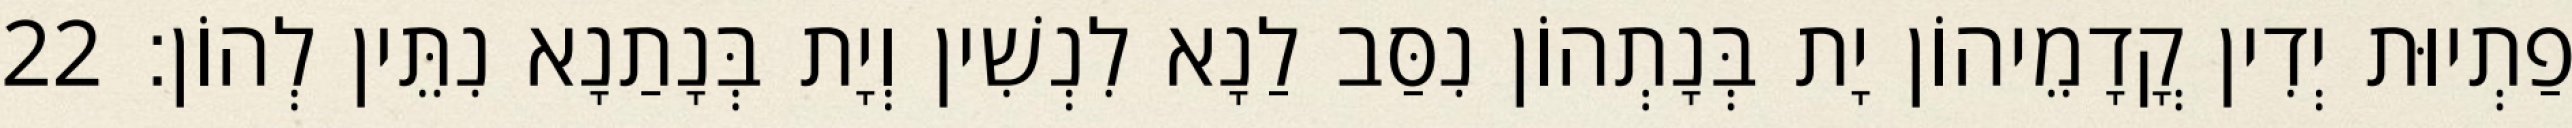
פַתְיוּת יְדִין קֳדָמֵיהוֹן יָת בְּנָתְהוֹן נִסַּב לַנָא לִנְשִׁין וְיָת בְּנָתַנָא נִתֵּין לְהוֹן׃ 22